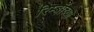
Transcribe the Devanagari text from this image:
रिम्बॉच्या